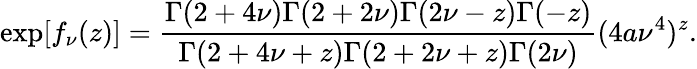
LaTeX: \exp[f_{\nu}(z)]=\frac{\Gamma(2+4\nu)\Gamma(2+2\nu)\Gamma(2\nu-z)\Gamma(-z)}{\Gamma(2+4\nu+z)\Gamma(2+2\nu+z)\Gamma(2\nu)}(4a\nu^{4})^{z}.